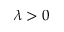
\lambda > 0